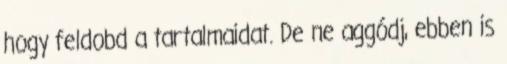
hogy feldobd a tartalmaidat. De ne aggódj, ebben is